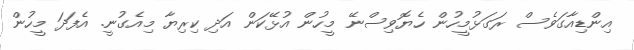
އިންޑިއާގަވެސް ރަގަޅުމީހުން ހެޔޮވިސްނޭ މީހުން އުޅޭކަން އަދި ކިރިޔާ މިއެގުނީ. އެފަދަ މީހުން